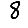
Digit: 8